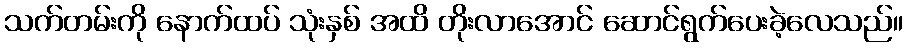
သက်တမ်းကို နောက်ထပ် သုံးနှစ် အထိ တိုးလာအောင် ဆောင်ရွက်ပေးခဲ့လေသည်။